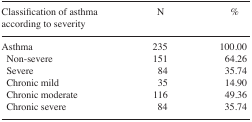
<table><thead><tr><td><b>Classification of asthma according to severity</b></td><td><b>N</b></td><td><b>%</b></td></tr></thead><tbody><tr><td>Asthma</td><td>235</td><td>100.00</td></tr><tr><td>Non-severe</td><td>151</td><td>64.26</td></tr><tr><td>Severe</td><td>84</td><td>35.74</td></tr><tr><td>Chronic mild</td><td>35</td><td>14.90</td></tr><tr><td>Chronic moderate</td><td>116</td><td>49.36</td></tr><tr><td>Chronic severe</td><td>84</td><td>35.74</td></tr></tbody></table>